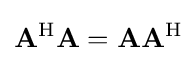
\mathbf {A} ^{\mathrm {H} }\mathbf {A} =\mathbf {A} \mathbf {A} ^{\mathrm {H} }